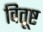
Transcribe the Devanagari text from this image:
वितूष्ट